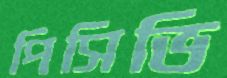
পিসিভি